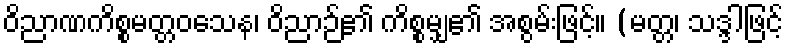
ဝိညာဏကိစ္စမတ္တဝသေန၊ ဝိညာဉ်၏ ကိစ္စမျှ၏ အစွမ်းဖြင့်။ (မတ္တ၊ သဒ္ဒါဖြင့်